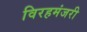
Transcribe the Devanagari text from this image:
विरहमंजरी